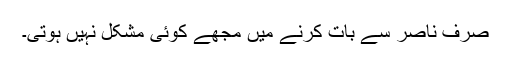
صرف ناصر سے بات کرنے میں مجھے کوئی مشکل نہیں ہوتی۔